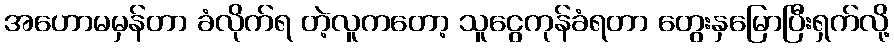
အဟောမမှန်တာ ခံလိုက်ရ တဲ့လူကတော့ သူငွေကုန်ခံရတာ တွေးနှမြောပြီးရှက်လို့